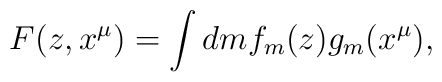
F(z, x^{\mu}) = \int dm f_m(z) g_m(x^{\mu}),